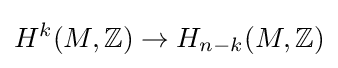
H^{k}(M,\mathbb {Z} )\to H_{n-k}(M,\mathbb {Z} )